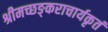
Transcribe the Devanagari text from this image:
श्रीमच्छङ्कराचार्यकृतं